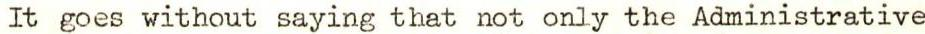
It goes without saying that not only the Administrative